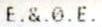
E.&.0.E.